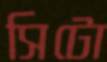
সিটো